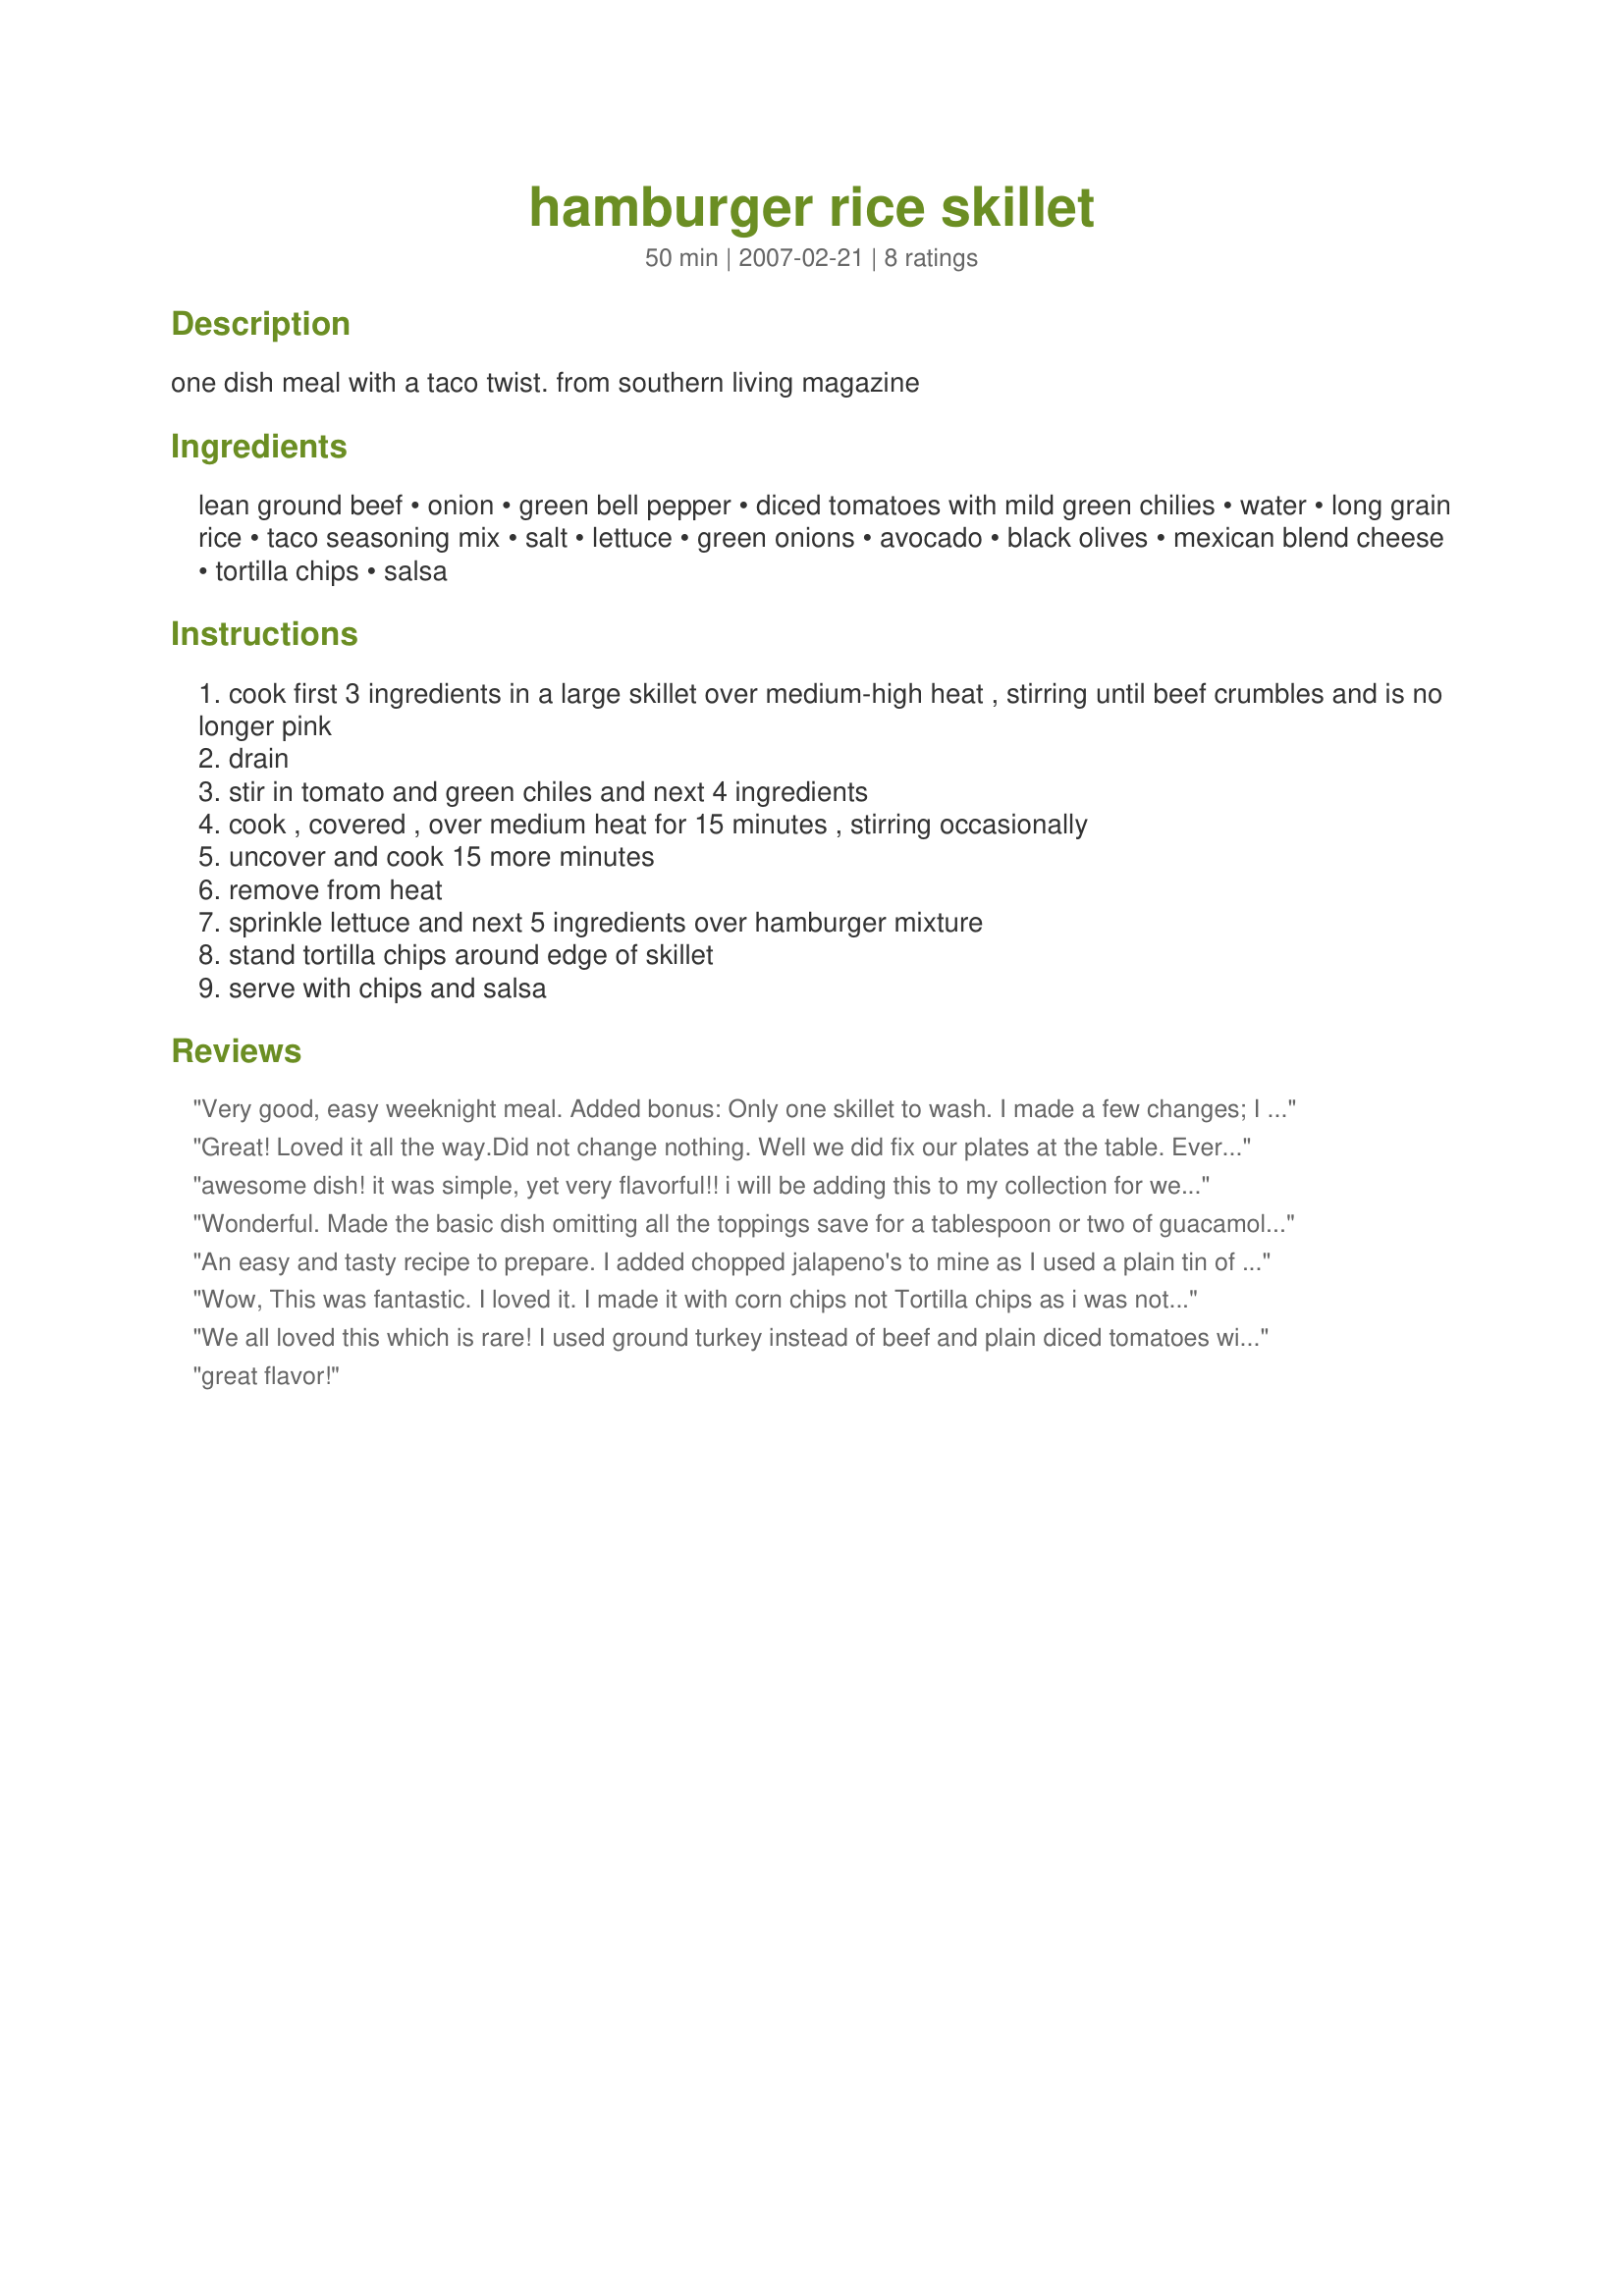
hamburger rice skillet
Preparation time: 50 minutes

one dish meal with a taco twist.
from southern living magazine

Ingredients:
lean ground beef, onion, green bell pepper, diced tomatoes with mild green chilies, water, long grain rice, taco seasoning mix, salt, lettuce, green onions, avocado, black olives, mexican blend cheese, tortilla chips, salsa

Steps:
cook first 3 ingredients in a large skillet over medium-high heat , stirring until beef crumbles and is no longer pink
drain
stir in tomato and green chiles and next 4 ingredients
cook , covered , over medium heat for 15 minutes , stirring occasionally
uncover and cook 15 more minutes
remove from heat
sprinkle lettuce and next 5 ingredients over hamburger mixture
stand tortilla chips around edge of skillet
serve with chips and salsa

Reviews:
Very good, easy weeknight meal. Added bonus: Only one skillet to wash. I made a few changes; I left out the added salt and the green onions. I didn't have any avocado, so I used some fresh tomato instead. I served this with heated corn tortillas instead of tortilla chips. We enjoyed this alot.
Great! Loved it all the way.Did not change nothing. Well we did fix our plates at the table. Everyone used the topping they wanted. Very good meal for us. Thank You so very much for posting. Hugs
awesome dish! it was simple, yet very flavorful!! i will be adding this to my collection for weeknight meals! i omitted the olives since we don't care for them, used 2 cups total of taco blend cheese, added a can of black beans, 4 garlic cloves and 2 serrano peppers for extra heat! ;) LOVED IT! thanks so much for this snappy keeper!! made for fall 2007 pac contest!
Wonderful. Made the basic dish omitting all the toppings save for a tablespoon or two of guacamole on each serving.
An easy and tasty recipe to prepare. I added chopped jalapeno's to mine as I used a plain tin of tomatoes and used Pot Scrubber's Recipe #199955. Instead of serving it with corn chips I plated individually topping everything on a fried tortilla, skipping the olives as we are not fans. I used I'll do this again but next time adapt to cooking in the oven so it doesnt have to be watched or stirred during cooking. Reviewed for PAC Fall 2007.
Wow, This was fantastic. I loved it. I made it with corn chips not Tortilla chips as i was not sure what they were and tasty grated cheese as i don't think you can get mexican blend cheese in oz. I did have to cook it for a bit longer and add more water as i did not have a lid that fitted the frypan i was using.
I will be making it again. 
I made this for PAC fall 2007
We all loved this which is rare! I used ground turkey instead of beef and plain diced tomatoes without green chilies. I'm always looking for good stovetop meals for the summer, and this will be a regular.
Thanks!
great flavor!
